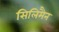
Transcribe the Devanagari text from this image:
सिलिमैन